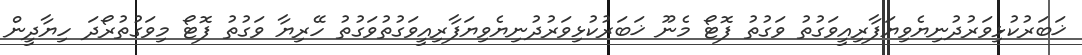
ޚަބަރުކުޅިވަރުދުނިޔެވިޔަފާރިއީވަގުތު ވަގުތު ފޮޓޯ މެނޫ ޚަބަރުކުޅިވަރުދުނިޔެވިޔަފާރިއީވަގުތުވަގުތު ހޭރިޔާ ވަގުތު ފޮޓޯ މިވަގުތުރޯދަ ހިޔާދީން